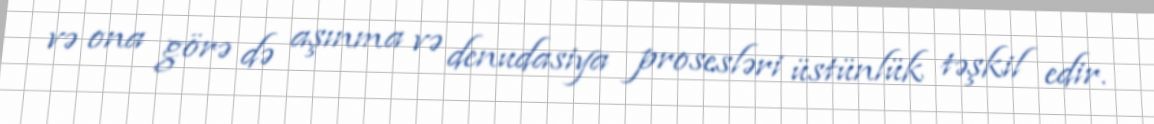
və ona görə də aşınma və denudasiya prosesləri üstünlük təşkil edir.